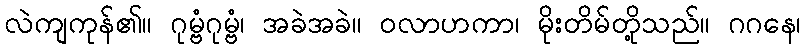
လဲကျကုန်၏။ ဂုမ္ဗံဂုမ္ဗံ၊ အခဲအခဲ။ ဝလာဟကာ၊ မိုးတိမ်တို့သည်။ ဂဂနေ၊